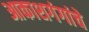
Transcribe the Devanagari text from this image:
आकाशगंगांचे